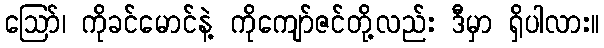
ဪ၊ ကိုခင်မောင်နဲ့ ကိုကျော်ဇင်တို့လည်း ဒီမှာ ရှိပါလား။